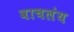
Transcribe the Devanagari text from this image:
वाचलंय